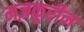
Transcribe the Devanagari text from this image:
मज़कूरीन